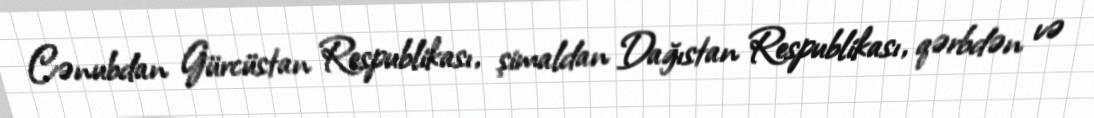
Cənubdan Gürcüstan Respublikası, şimaldan Dağıstan Respublikası, qərbdən və